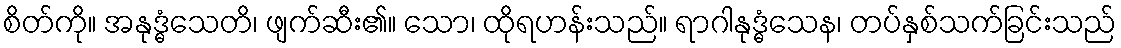
စိတ်ကို။ အနုဒ္ဓံသေတိ၊ ဖျက်ဆီး၏။ သော၊ ထိုရဟန်းသည်။ ရာဂါနုဒ္ဓံသေန၊ တပ်နှစ်သက်ခြင်းသည်